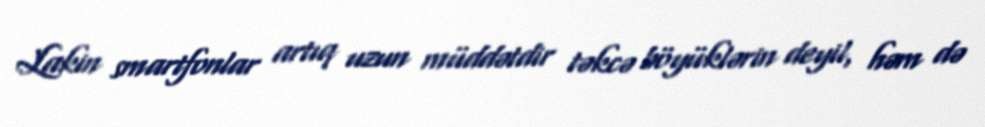
Lakin smartfonlar artıq uzun müddətdir təkcə böyüklərin deyil, həm də